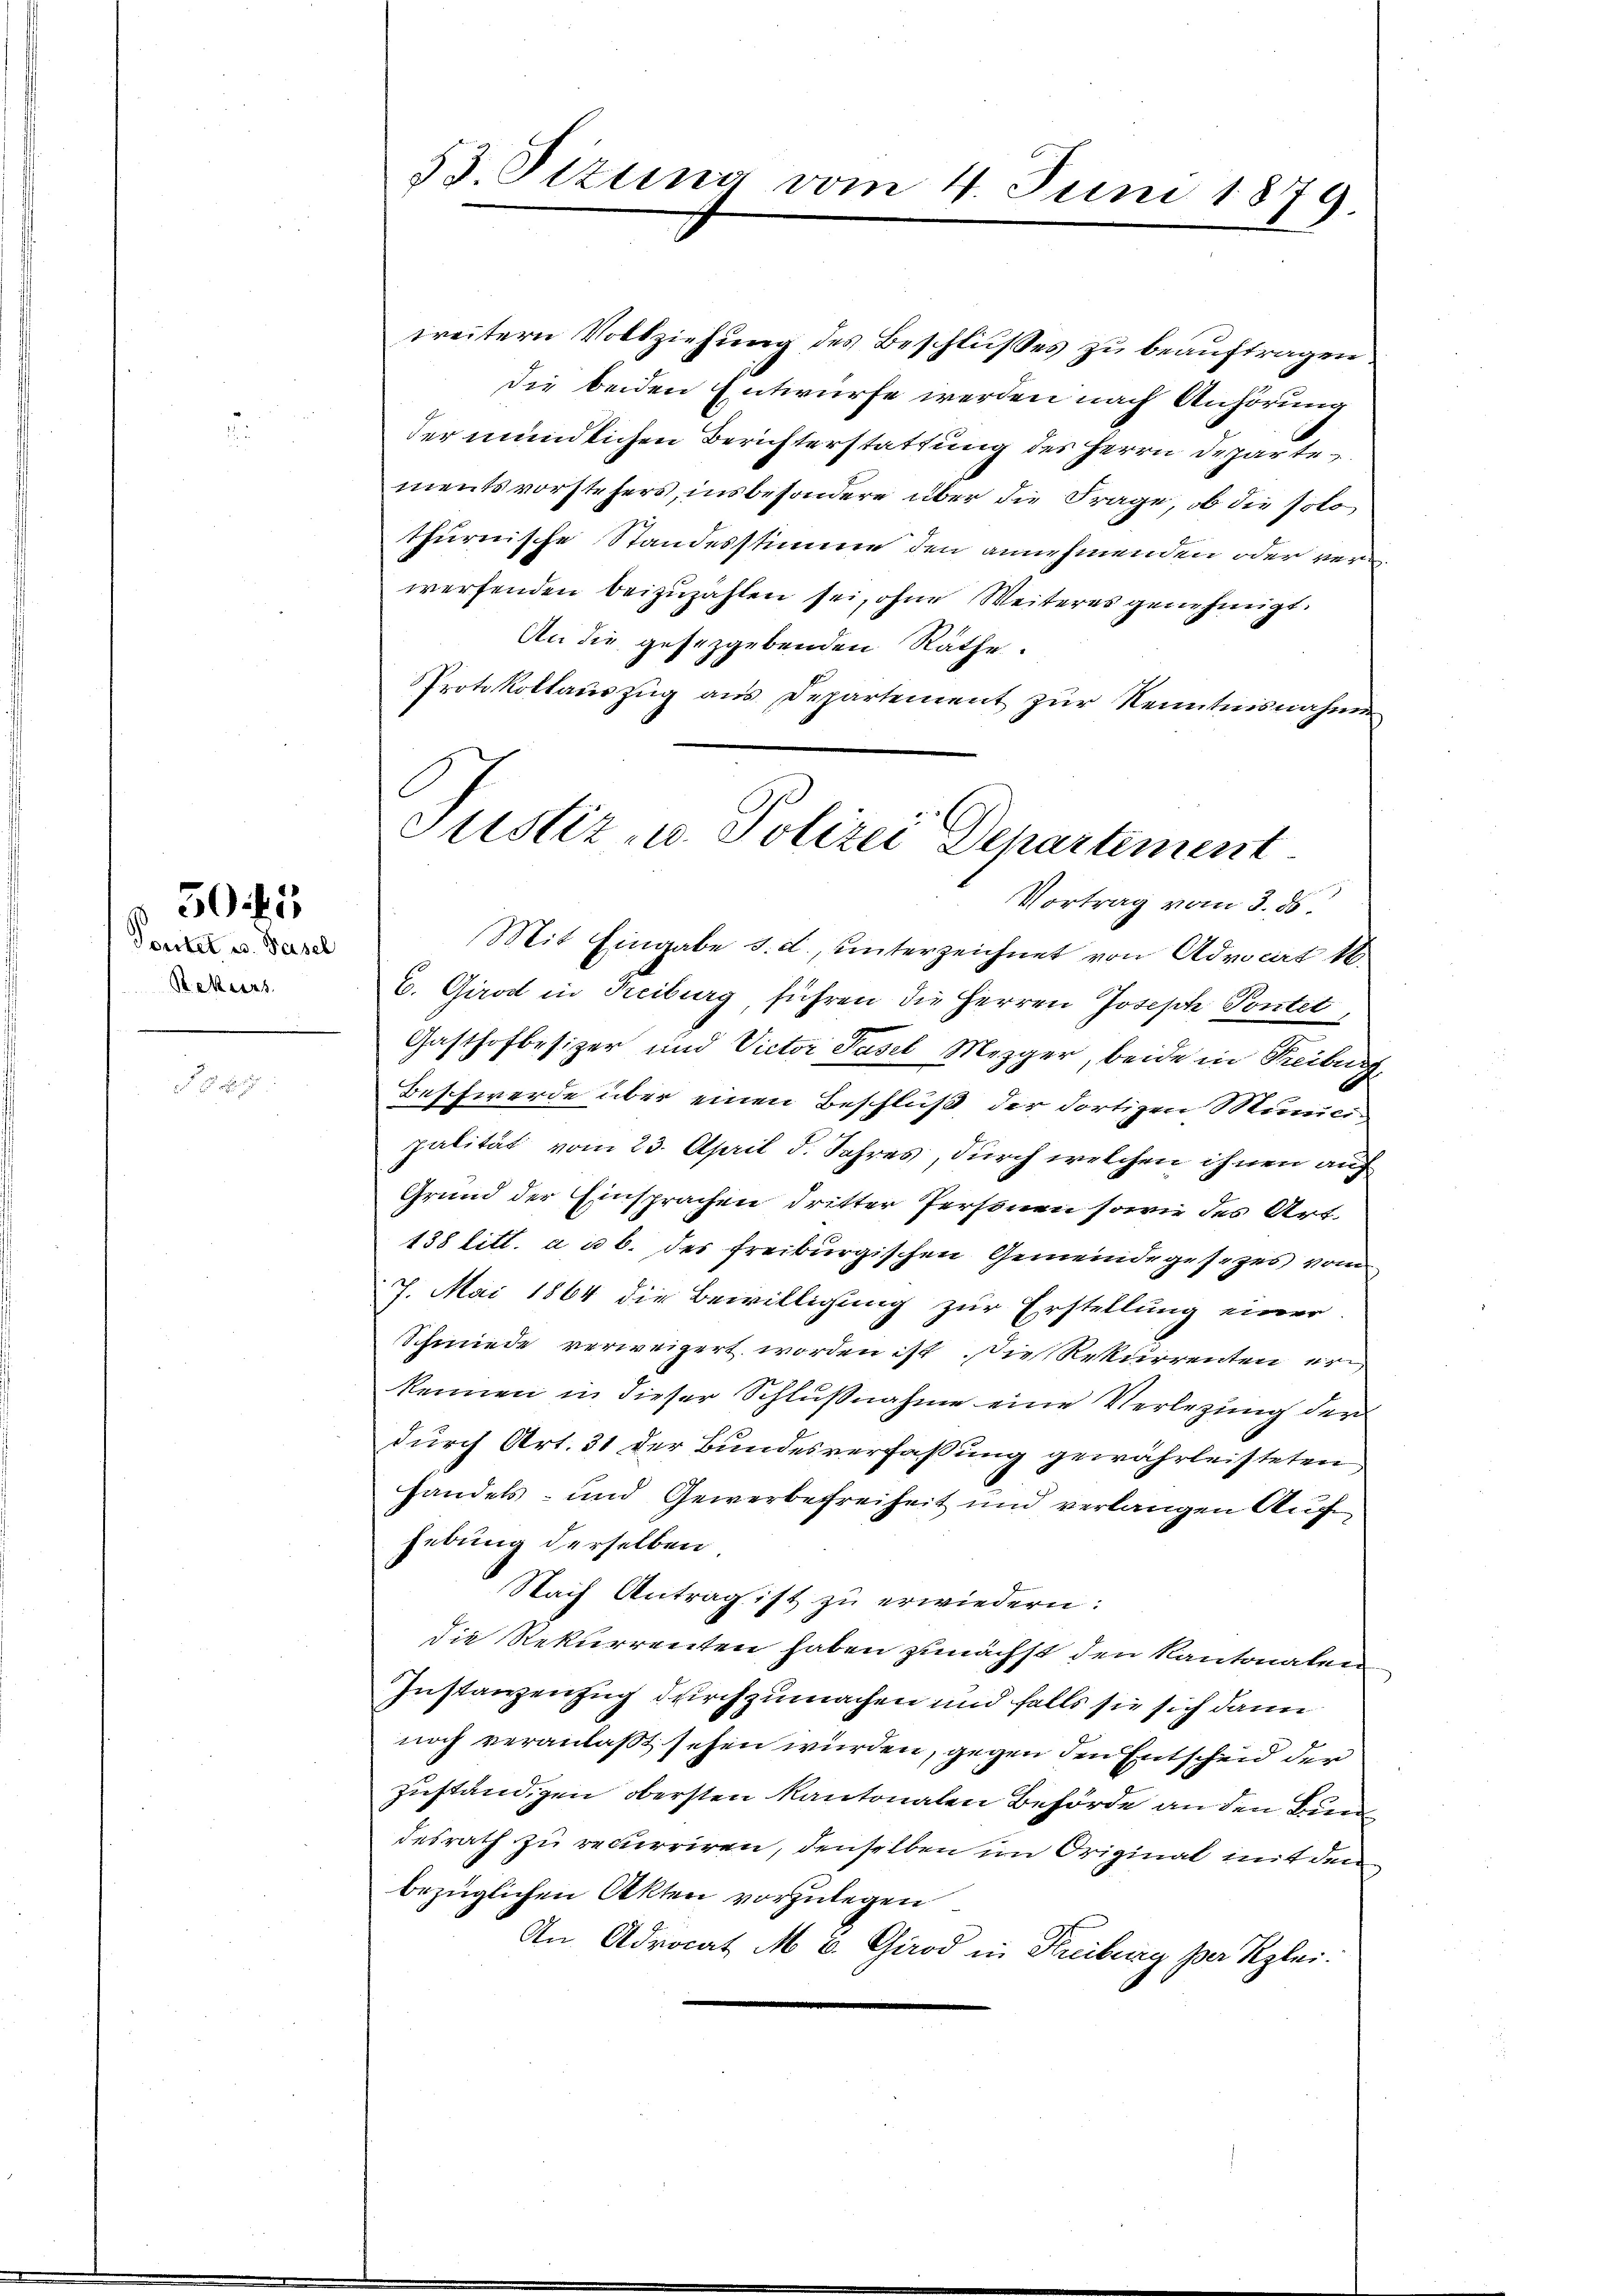
Tortet u. Basel
Rekurs

50 f 5

53. Sizung vom 4. Juni 1879.

weitern Vollziehung des Beschlußes zu beauftragen
die beiden Entwürfe werden nach Anhörung
der mündlichen Berichterstattung des Herrn Departementsvorstehers, insbesondere über die Frage, ob die solo
thurnische Standesstimme den annehmenden oder verwerfenden beizuzahlen sei, ohne Weiteres genehmigt.
An die gesetzgebenden Räthe.
Protokollauszug aus Departement zur Kenntnisnahme
C. Girod in Freiburg, führen die Herren Joseph Pontet
Gasthofbesizer und Victor Pasel Mezger, beide in Freiburg,
Beschwerde über einen Beschluß der dortigen Municipalität vom 23. April d. Jahres, durch welchen ihnen auf
Grund der Einsprachen dritter Personen sowie des Art.
138 litt. a u. b. des freiburgischen Gemeindegesezes vom
7. Mai 1864 die Bewilligung zur Erstellung einer
Schmiede verweigert worden ist die Rekurrenten er
kennen in dieser Schlußnahme eine Verlegung der
durch Art. 31 der Bundesverfaßung gewährleisteten
handels- und Gewerbefreiheit und verlangen Auf
hebung derselben
Nach Antrag ist zu erwiedern:
die Rekurrenten haben zunächst den Kantonalen
Instanzenzug durchzumachen und falls sie sich dann
noch veranlaßt sehen würden, gegen den Entscheid der
zuständigen obersten Kantonalen Behörde an den Bundesrath zu recurriren, denselben im Original mit den
bezüglichen Akten vorzulegen
An Advocat M. B. Giod in Freiburg per Klei

Justiz- u. Polizei Departement
Vortrag vom 3. ds.
Mit Eingabe d. d., unterzeichnet von Advocirt 18